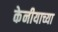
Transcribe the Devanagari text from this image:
केनीयाच्या